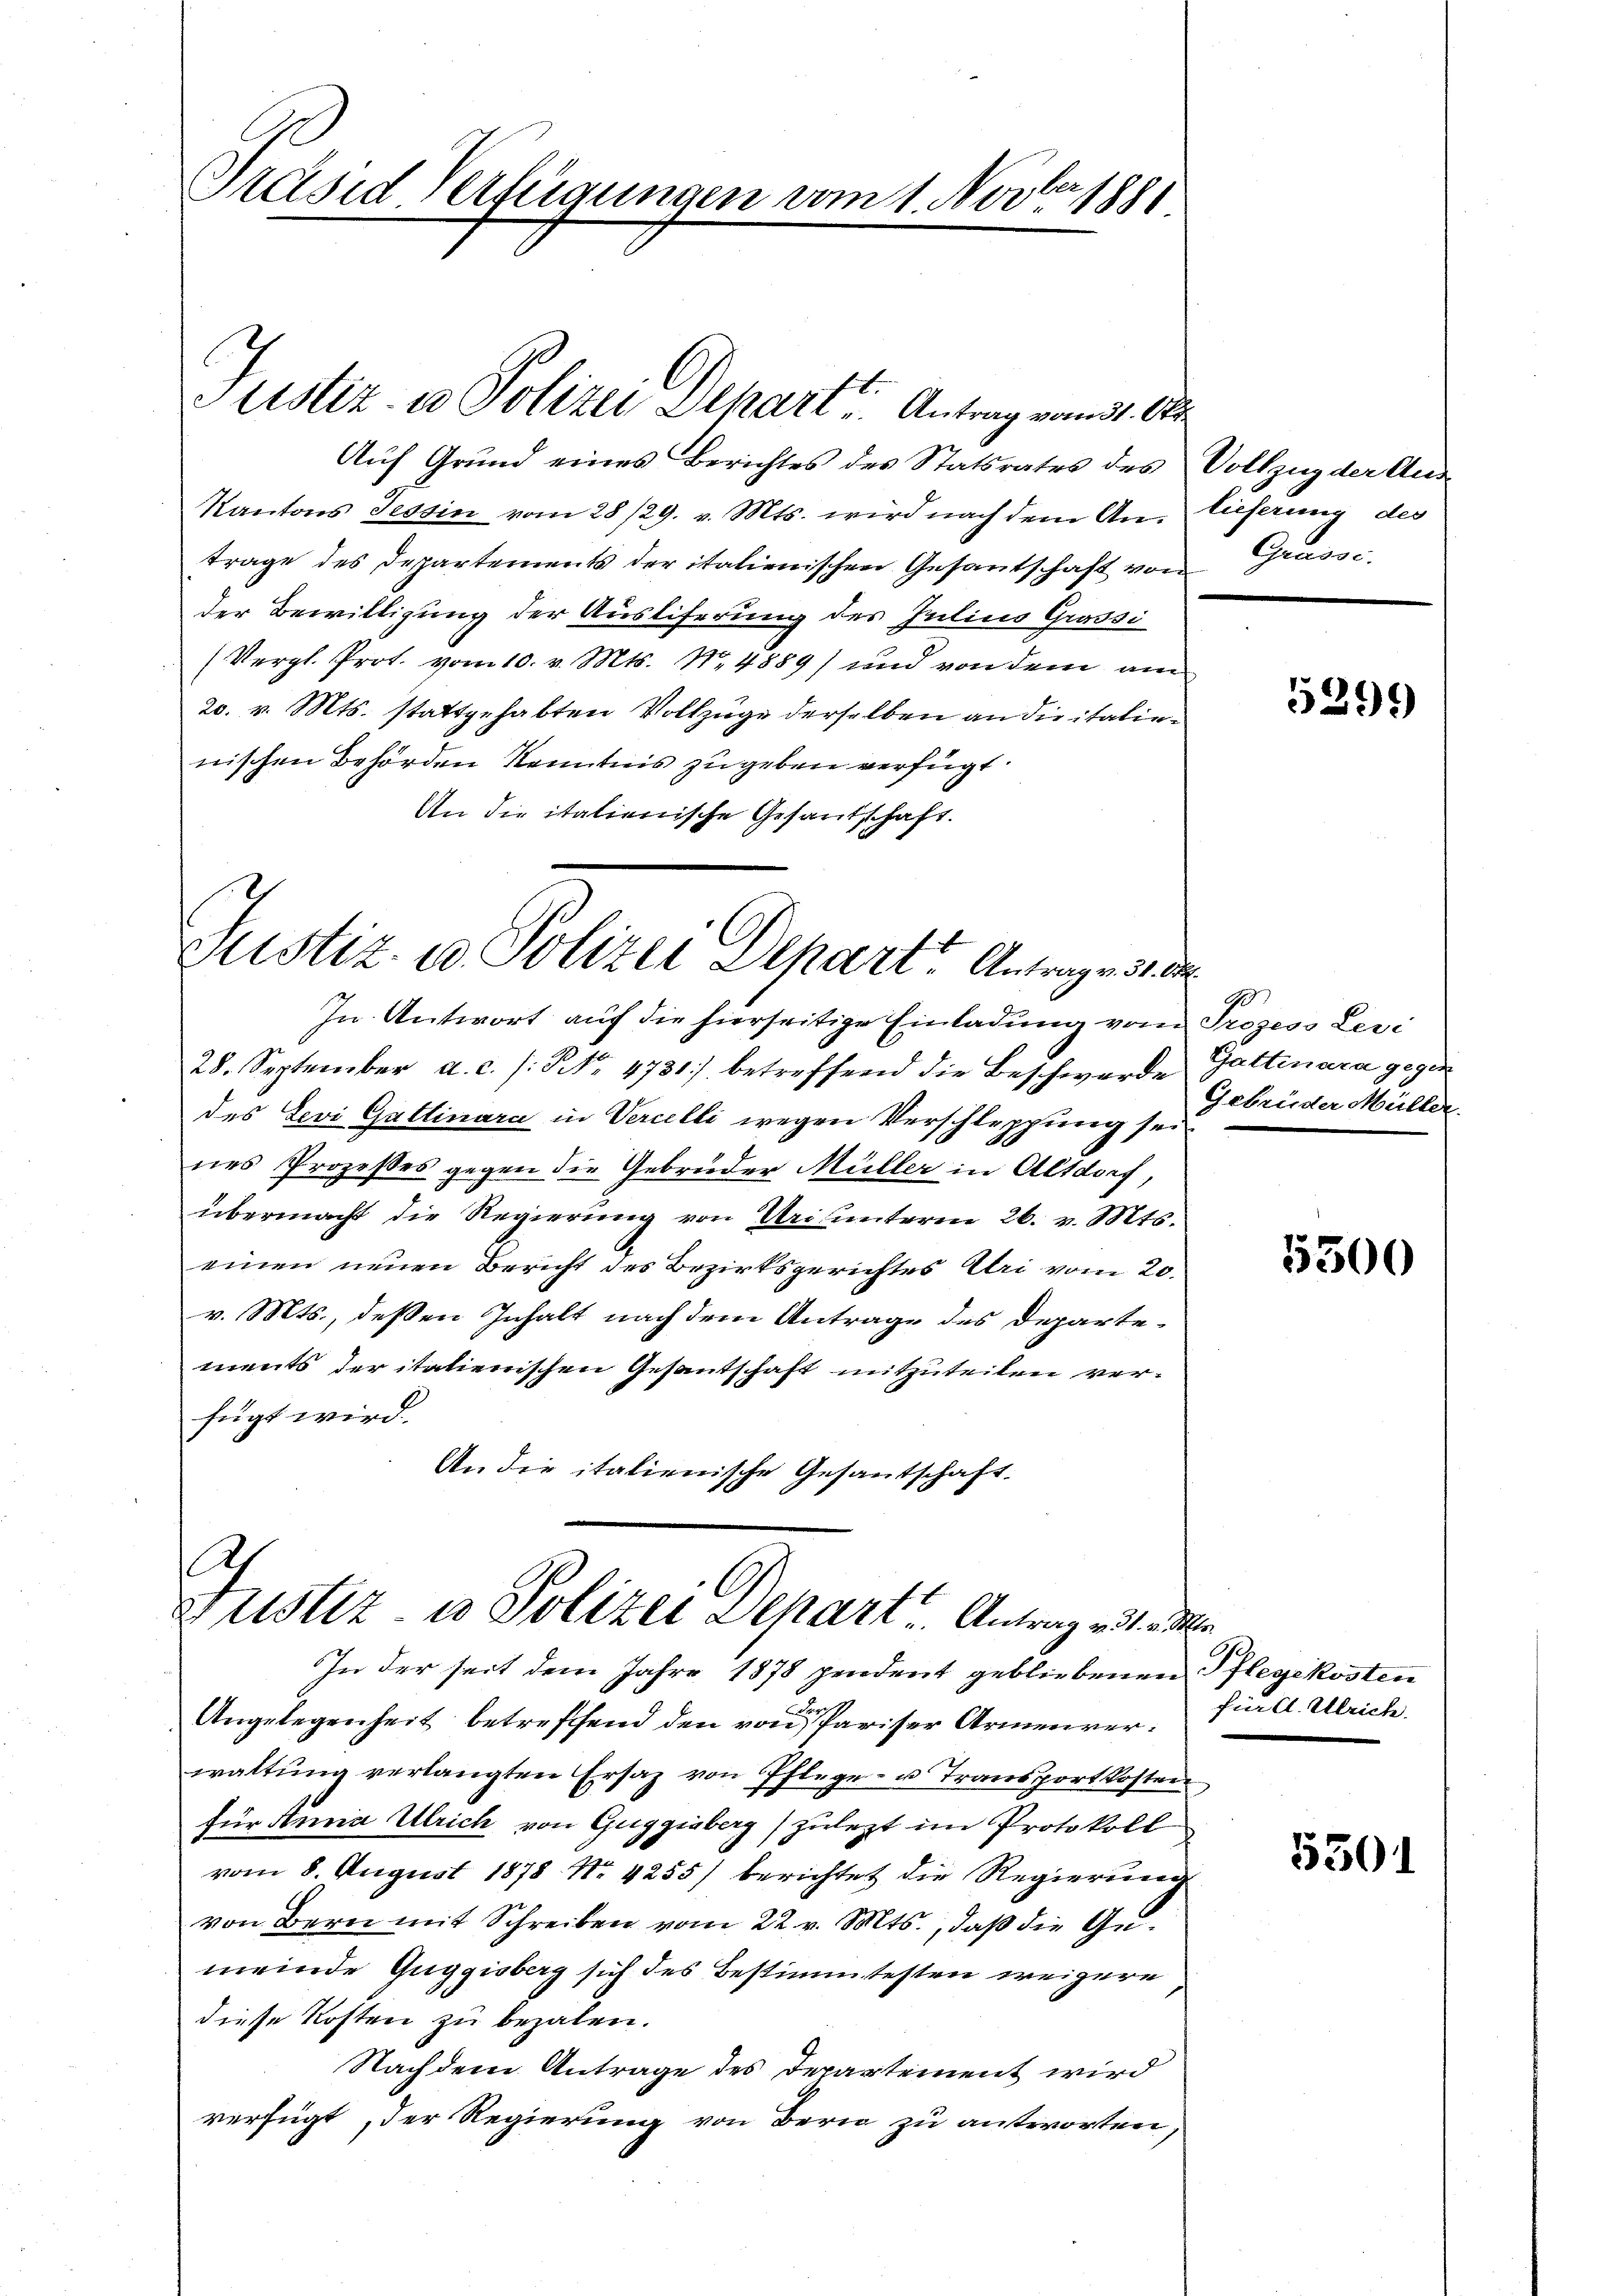
Präsid Verfügungen vom 1. Novber 1881

ustiz- u Polizei Alkarte Antrag vom 31. Okt

Auf Grund eines Berichtes des Statsrates des Vollzug der Aus-
Kantons Tessin vom 28/29. v. Mts. wird nach dem An- lieferung des
trage des Departements der italienischen Gesantschaft von
der Bewilligung der Ausliferung des Julius Grussi
(Vergl. Prot. vom 10. v. Mts. N. 4889) und von dem am
20. v. Mts. stattgehabten Vollzüge derselben an die italienischen Behörden Kenntnis zugeben verfügt.
An die italienische Gesandschaft.

Justiz- u. Polizei Dehart Antrage 31 de

h
Justiz u. Polizei Depart. Antrag eine

In Antwort auf die hierseitige Einladung vom Prozess Levi
28. September a. c. /: No 4731) betreffend die Beschwerde Gattinara gegen
des Levi Gattinara in Vercelli wegen Verschleppung sei
nes Prozeßes gegen die Gebrüder Müller in Altdorf,
übermacht die Regierung von Uri unteren 26. v. Mts.
einen neuen Bericht des Bezirksgerichtes Uri vom 20.
v. Mts., deßen Inhalt nach dem Antrage des Departements der italienischen Gesantschaft mitzuteilen verfügt wird.
An die italienische Gesantschaft.

Grasse.

In der seit dem Jahre 1878 pendent gebliebenen Pflegekosten
Angelegenheit betreffend den von Pariser Armenverwaltŭng verlangten Ersaz von Pflege- u. Transport Kosten
für Anna Ulrich von Guggisberg) zulezt im Protokoll
vom 8. August 1878 No. 4255) berichtet die Regierung
von Bern mit Schreiben vom 22. v. Mts., daß die Gemeinde Guggisberg sich des Bestimmtesten weigere
diese Kosten zu bezalen.
Nach dem Antrage des Departement wird
verfügt, der Regierung von Bern zu antworten,

529

1
Gebrüder Müller.

5300

für d. Ulrich.

5301